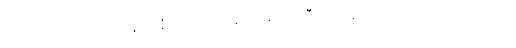
လက်ကောက်ဝတ်နေရာရှိ လက်ရာ မည်းမည်းကြီးက အထင်းသား ပေါ်လာသည်။